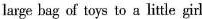
large bag of toys to a little girl